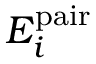
E _ { i } ^ { \mathrm { p a i r } }